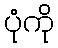
ပုံကို